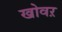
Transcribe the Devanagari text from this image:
खोवऱ